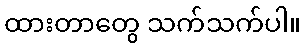
ထားတာတွေ သက်သက်ပါ။